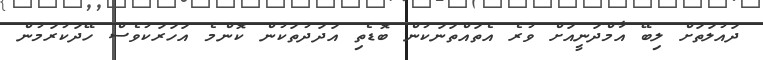
ދައުލަތަށް ލިބޭ އާމްދަނީއަށް ވުރެ އެތައްތަނަކުން ބޮޑެތި އަދަދުތަކުން ކޮންމެ އަހަރަކުވެސް ހޭދަކުރަމުން